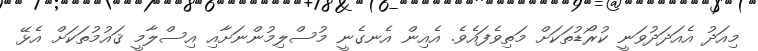
މިއަދު އެއަދަދުވަނީ ކުރޯޑުތަކަށް މަތިވެފައެވެ. އެއިން އެނގެނީ މުސްލިމުންނަށާއި އިސްލާމީ ޤައުމުތަކަށް އެޅޭ